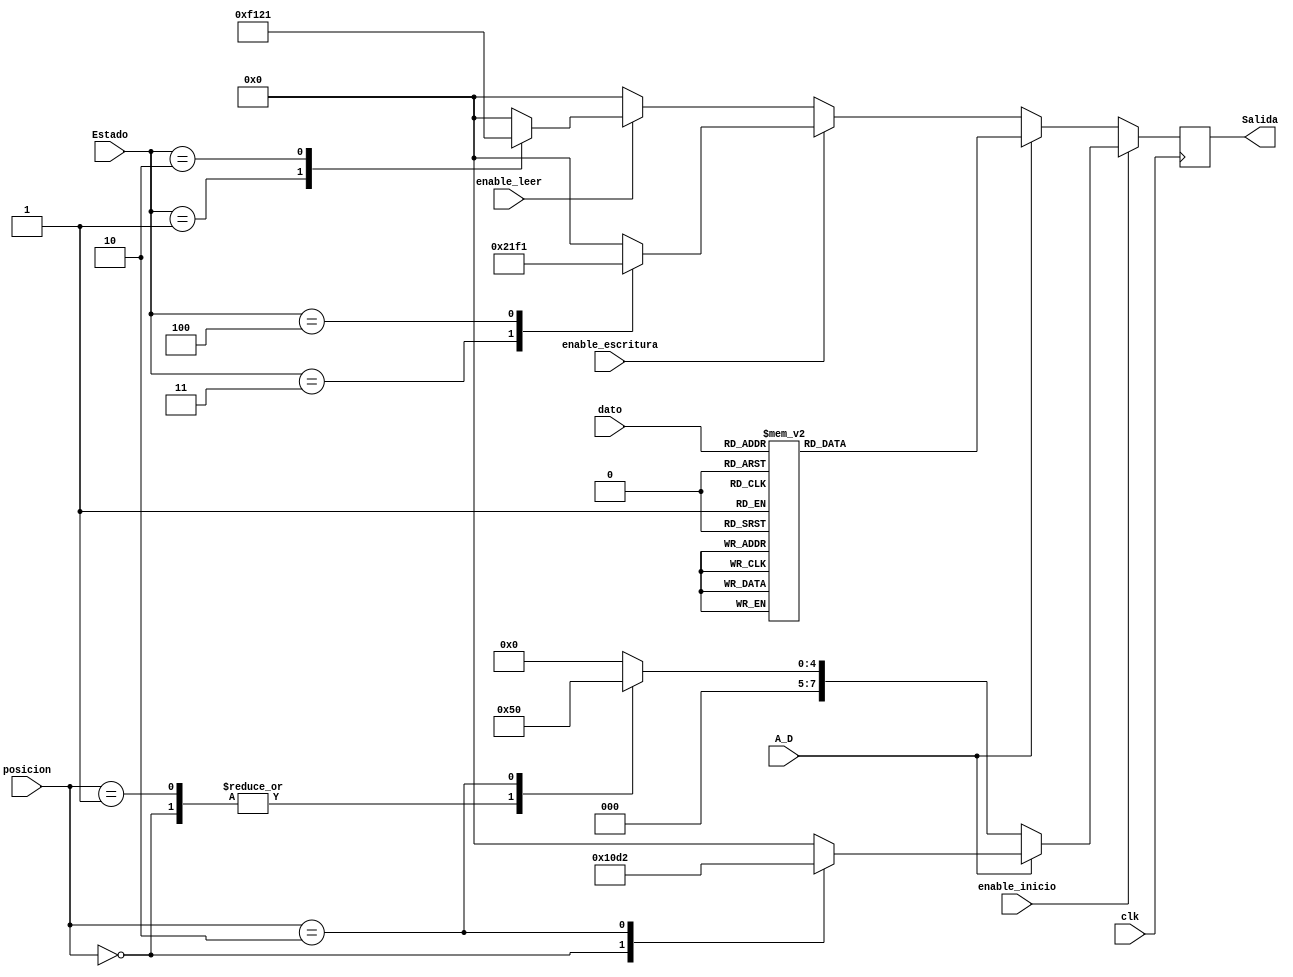
module Deco_Escritura(
    input [(N-1):0] dato,
	 input clk,
	 input enable_escritura,
	 input enable_leer,
	 input enable_inicio,
	 input A_D,
	 input [1:0] posicion,
	 input [2:0] Estado,
	 output [(Y-1):0] Salida
    );
	 
	 parameter N = 6;
	 parameter Y = 8;
	 
	 reg [(Y-1):0] Out;
	 
	 assign Salida = Out;

	
   always @(posedge clk)
	begin
	if (enable_inicio) 
	begin
	   if (A_D)
		begin
		    case (posicion)
			    2'd0: Out = 8'h10;
				 2'd1: Out = 8'h00;
				 2'd2: Out = 8'hD2;
				 default : Out =8'd0;
			 endcase
		end 
		else
		begin
			 case (posicion)
			    2'd0: Out = 8'h02;
				 2'd1: Out = 8'h02;
				 2'd2: Out = 8'h10;
			     default : Out =8'd0;
			 endcase
		end 
	end
	else 
	begin
	   if (A_D)
		begin
		  case (dato)
          6'd0: Out = 8'b00000000;
			 6'd1: Out = 8'b00000001;
			 6'd2: Out = 8'b00000010;
			 6'd3: Out = 8'b00000011;
			 6'd4: Out = 8'b00000100;
			 6'd5: Out = 8'b00000101;
			 6'd6: Out = 8'b00000110;
			 6'd7: Out = 8'b00000111;
			 6'd8: Out = 8'b00001000;
			 6'd9: Out = 8'b00001001;
			 6'd10: Out = 8'b00010000;
			 6'd11: Out = 8'b00010001; 
			 6'd12: Out = 8'b00010010; 
			 6'd13: Out = 8'b00010011; 
			 6'd14: Out = 8'b00010100; 
			 6'd15: Out = 8'b00010101; 
			 6'd16: Out = 8'b00010110; 
			 6'd17: Out = 8'b00010111; 
			 6'd18: Out = 8'b00011000; 
			 6'd19: Out = 8'b00011001; 
			 6'd20: Out = 8'b00100000;
			 6'd21: Out = 8'b00100001;
			 6'd22: Out = 8'b00100010;
			 6'd23: Out = 8'b00100011;
			 6'd24: Out = 8'b00100100;
			 6'd25: Out = 8'b00100101;
			 6'd26: Out = 8'b00100110;
			 6'd27: Out = 8'b00100111;
			 6'd28: Out = 8'b00101000;
			 6'd29: Out = 8'b00101001;
			 6'd30: Out = 8'b00110000;
			 6'd31: Out = 8'b00110001;
			 6'd32: Out = 8'b00110010;
			 6'd33: Out = 8'b00110011;
			 6'd34: Out = 8'b00110100;
			 6'd35: Out = 8'b00110101;
			 6'd36: Out = 8'b00110110;
			 6'd37: Out = 8'b00110111;
			 6'd38: Out = 8'b00111000;
			 6'd39: Out = 8'b00111001;
			 6'd40: Out = 8'b01000000;
			 6'd41: Out = 8'b01000001;
			 6'd42: Out = 8'b01000010;
			 6'd43: Out = 8'b01000011;
			 6'd44: Out = 8'b01000100;
			 6'd45: Out = 8'b01000101;
			 6'd46: Out = 8'b01000110;
			 6'd47: Out = 8'b01000111;
			 6'd48: Out = 8'b01001000;
			 6'd49: Out = 8'b01001001;
			 6'd50: Out = 8'b01010000;
			 6'd51: Out = 8'b01010001;
			 6'd52: Out = 8'b01010010;
			 6'd53: Out = 8'b01010011;
			 6'd54: Out = 8'b01010100; 
			 6'd55: Out = 8'b01010101;
			 6'd56: Out = 8'b01010110;
			 6'd57: Out = 8'b01010111;
			 6'd58: Out = 8'b01011000;
			 6'd59: Out = 8'b01011001;
          default : Out = 8'b00000000;
        endcase
		end
		else 
		begin 
		   if (enable_escritura)
			begin
			   case (Estado)
			      3'd3: Out = 8'h21;
			      3'd4: Out = 8'hF1;
				   default : Out = 8'd0;
			   endcase
			end 
			else if (enable_leer)
			     begin
				     case (Estado)
					     3'd1: Out = 8'hF1;
					     3'd2: Out = 8'h21;
					     default: Out = 8'd0;
					  endcase
			      end 
					else
					begin
					   Out = 8'd0;
					end
	   end
	end
	end 
			
endmodule